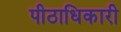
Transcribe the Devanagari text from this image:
पीठाधिकारी